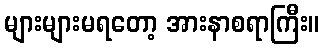
များများမရတော့ အားနာစရာကြီး။